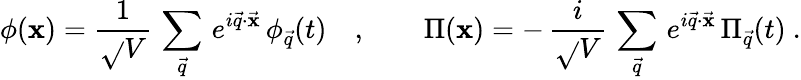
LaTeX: \phi(\mathbf{x})={\frac{{1}}{{\sqrt{}{{V}}}}}\, \sum_{\vec{{q}}}\, e^{i\vec{{q}}\cdot\vec{{\mathbf{x}}}}\, \phi_{\vec{{q}}}(t)\quad,\qquad\Pi(\mathbf{x})=-\, {\frac{{i}}{{\sqrt{}{{V}}}}}\, \sum_{\vec{{q}}}\, e^{i\vec{{q}}\cdot\vec{{\mathbf{x}}}}\, \Pi_{\vec{{q}}}(t)~.